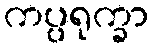
ကပ္ပရုက္ခာ